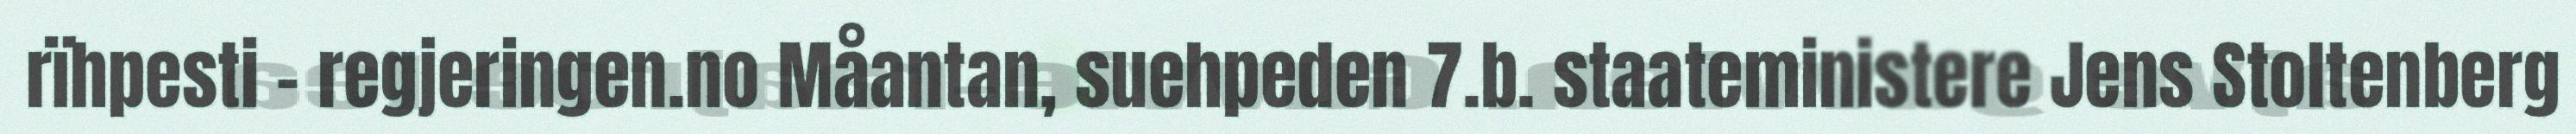
rïhpesti - regjeringen.no Måantan, suehpeden 7.b. staateministere Jens Stoltenberg